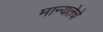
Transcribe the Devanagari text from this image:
मान्यतेचे